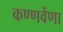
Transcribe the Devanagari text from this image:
कण्णवेंणा